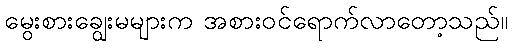
မွေးစားချွေးမများက အစားဝင်ရောက်လာတော့သည်။